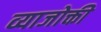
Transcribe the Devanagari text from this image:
व्याजोक्ती